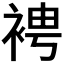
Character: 𧚗